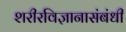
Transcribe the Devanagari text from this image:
शरीरविज्ञानासंबंधी